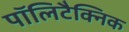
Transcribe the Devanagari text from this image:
पॉलिटैक्निक